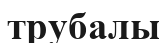
трубалы